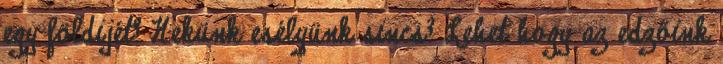
egy földijét? Nekünk esélyünk sincs? Lehet hogy az edzőink